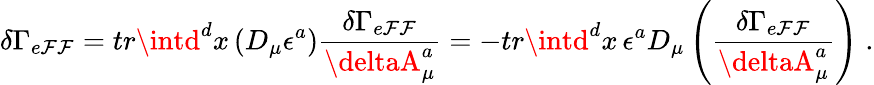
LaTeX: \delta\Gamma_{e\mathcal{F}\mathcal{F}}=tr\intd^{d}x\, (D_{\mu}\epsilon^{a})\frac{{\delta\Gamma_{e\mathcal{F}\mathcal{F}}}}{{\deltaA_{\mu}^{a}}}=-tr\intd^{d}x\, \epsilon^{a}D_{\mu}\left(\frac{{\delta\Gamma_{e\mathcal{F}\mathcal{F}}}}{{\deltaA_{\mu}^{a}}}\right)\; .